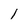
Character: l